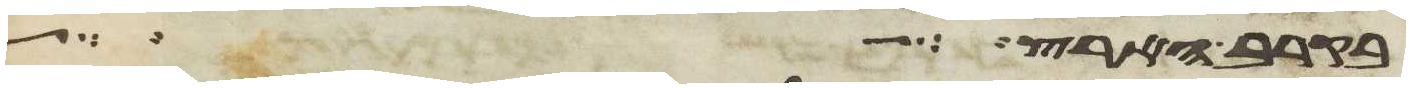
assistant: בקרב הארץ